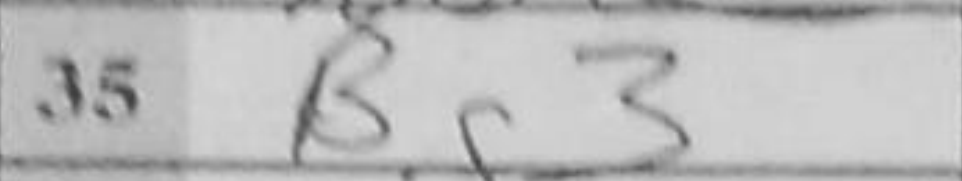
Transcription: Bg3